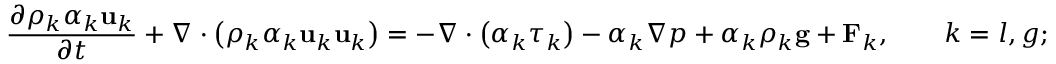
\frac { \partial \rho _ { k } \alpha _ { k } \mathbf { u } _ { k } } { \partial t } + \nabla \cdot \left( \rho _ { k } \alpha _ { k } \mathbf { u } _ { k } \mathbf { u } _ { k } \right) = - \nabla \cdot \left( \alpha _ { k } \boldsymbol { \tau } _ { k } \right) - \alpha _ { k } \nabla p + \alpha _ { k } \rho _ { k } \mathbf { g } + \mathbf { F } _ { k } , \qquad k = l , g ;